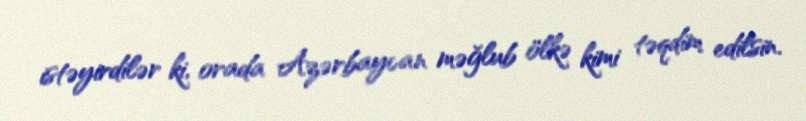
istəyirdilər ki, orada Azərbaycan məğlub ölkə kimi təqdim edilsin.